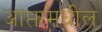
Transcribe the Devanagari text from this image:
आप्तामधील